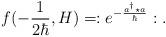
LaTeX: \begin{align*}f(-\frac{1}{2\hbar},H)=:e^{-\frac{a^\dagger \star a}{\hbar}}:.\end{align*}